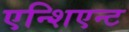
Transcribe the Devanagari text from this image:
एन्शिएन्ट